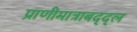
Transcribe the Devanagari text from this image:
प्राणीमात्राबद्द्ल